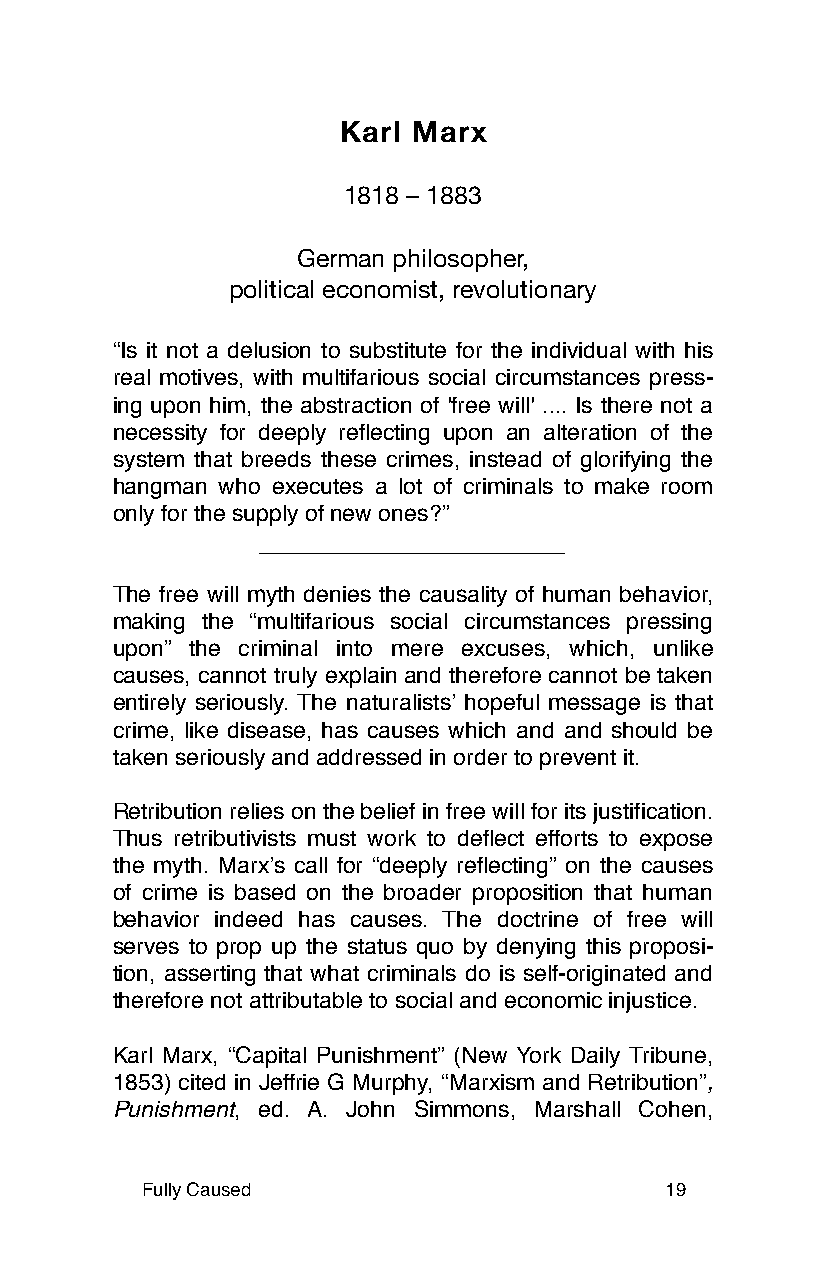
Karl Marx
 1818 – 1883
 German philosopher,
 political economist, revolutionary
 “Is it not a delusion to substitute for the individual with his
 real motives, with multifarious social circumstances press-
 ing upon him, the abstraction of 'free will' .... Is there not a
 necessity for deeply reflecting upon an alteration of the
 system that breeds these crimes, instead of glorifying the
 hangman who executes a lot of criminals to make room
 only for the supply of new ones?”
 The free will myth denies the causality of human behavior,
 making the “multifarious social circumstances pressing
 upon” the criminal into mere excuses, which, unlike
 causes, cannot truly explain and therefore cannot be taken
 entirely seriously. The naturalistsʼ hopeful message is that
 crime, like disease, has causes which and and should be
 taken seriously and addressed in order to prevent it.
 Retribution relies on the belief in free will for its justification.
 Thus retributivists must work to deflect efforts to expose
 the myth. Marxʼs call for “deeply reflecting” on the causes
 of crime is based on the broader proposition that human
 behavior indeed has causes. The doctrine of free will
 serves to prop up the status quo by denying this proposi-
 tion, asserting that what criminals do is self-originated and
 therefore not attributable to social and economic injustice.
 Karl Marx, “Capital Punishment” (New York Daily Tribune,
 1853) cited in Jeffrie G Murphy, “Marxism and Retribution”,
 Punishment, ed. A. John Simmons, Marshall Cohen,
 Fully Caused                       19